[Report on the health of British troops in the Madras command]
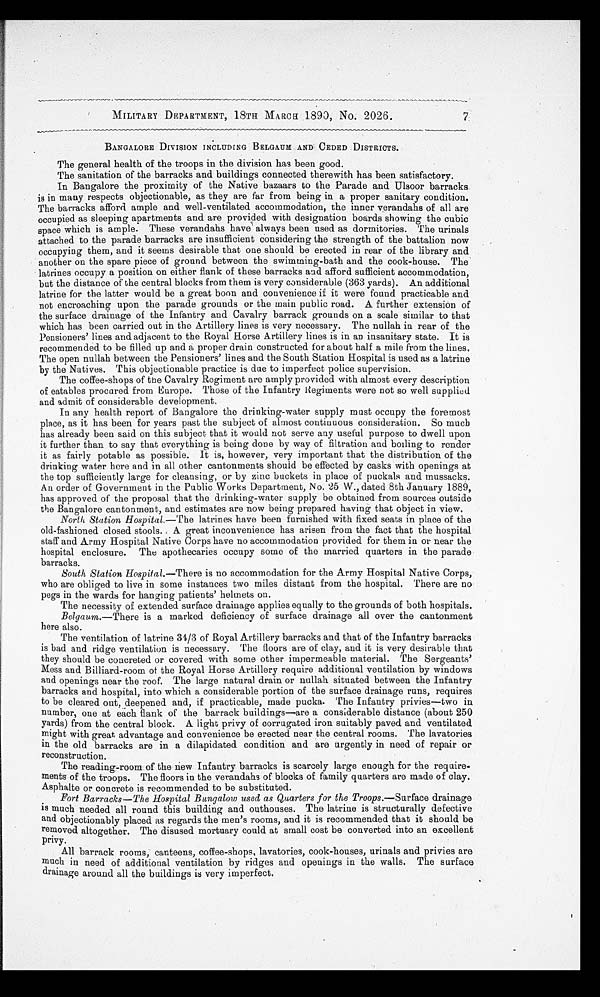
MILITARY DEPARTMENT, 18TH MARCH 1890, No. 2026.
BANGALORE DIVISION INCLUDING BELGAUM AND CEDED DISTRICTS.
The general health of the troops in the division has been good.
The sanitation of the barracks and buildings connected therewith has been satisfactory.
In Bangalore the proximity of the Native bazaars to the Parade and Ulsoor barracks
is in many respects objectionable, as they are far from being in a proper sanitary condition.
The barracks afford ample and well-ventilated accommodation, the inner verandahs of all are
occupied as sleeping apartments and are provided with designation boards showing the cubic
space which is ample. These verandahs have always been used as dormitories. The urinals
attached to the parade barracks are insufficient considering the strength of the battalion now
occupying them, and it seems desirable that one should be erected in rear of the library and
another on the spare piece of ground between the swimming-bath and the cook-house. The
latrines occupy a position on either flank of these barracks and afford sufficient accommodation,
but the distance of the central blocks from them is very considerable (363 yards). An additional
latrine for the latter would be a great boon and convenience if it were found practicable and
not encroaching upon the parade grounds or the main public road. A further extension of
the surface drainage of the Infantry and Cavalry barrack grounds on a scale similar to that
which has been carried out in the Artillery lines is very necessary. The nullah in rear of the
Pensioners' lines and adjacent to the Royal Horse Artillery lines is in an insanitary state. It is
recommended to be filled up and a proper drain constructed for about half a mile from the lines.
The open nullah between the Pensioners' lines and the South Station Hospital is used as a latrine
by the Natives. This objectionable practice is due to imperfect police supervision.
The coffee-shops of the Cavalry Regiment are amply provided with almost every description
of eatables procured from Europe. Those of the Infantry Regiments were not so well supplied
and admit of considerable development.
In any health report of Bangalore the drinking-water supply must occupy the foremost
place, as it has been for years past the subject of almost continuous consideration. So much
has already been said on this subject that it would not serve any useful purpose to dwell upon
it further than to say that everything is being done by way of filtration and boiling to render
it as fairly potable as possible. It is, however, very important that the distribution of the
drinking water here and in all other cantonments should be effected by casks with openings at
the top sufficiently large for cleansing, or by zinc buckets in place of puckals and mussacks.
An order of Government in the Public Works Department, No. 25 W ., dated 8th January 1889,
has approved of the proposal that the drinking-water supply be obtained from sources outside
the Bangalore cantonment, and estimates are now being prepared having that object in view.
North Station Hospital.—The latrines have been furnished with fixed seats in place of the
old-fashioned closed stools. A great inconvenience has arisen from the fact that the hospital
staff and Army Hospital Native Corps have no accommodation provided for them in or near the
hospital enclosure. The apothecaries occupy some of the married quarters in the parade
barracks.
South Station Hospital.— T h e r e
i s n o a c c o m m o d a t i o n f o r t h e A r m y H o s p i t a l N a t i v e C o r p s ,
who are obliged to live in some instances two miles distant from the hospital. There are no
pegs in the wards for hanging patients' helmets on.
The necessity of extended surface drainage applies equally to the grounds of both hospitals.
Belgaum .—There is a marked deficiency of surface drainage all over the cantonment
here also.
The ventilation of latrine 34/3 of Royal Artillery barracks and that of the Infantry barracks
is bad and ridge ventilation is necessary. The floors are of clay, and it is very desirable that
they should be concreted or covered with some other impermeable material. The Sergeants'
Mess and Billiard-room of the Royal Horse Artillery require additional ventilation by windows
and openings near the roof. The large natural drain or nullah situated between the Infantry
barracks and hospital, into which a considerable portion of the surface drainage runs, requires
to be cleared out, deepened and, if practicable, made pucka. The Infantry privies—two in
number, one at each flank of the barrack buildings—are a considerable distance (about 250
yards) from the central block. A light privy of corrugated iron suitably paved and ventilated
might with great advantage and convenience be erected near the central rooms. The lavatories
in the old barracks are in a dilapidated condition and are urgently in need of repair or
reconstruction.
The reading-room of the new Infantry barracks is scarcely large enough for the require
- m e n t s o f t h e t r o o p s . T h e f l o o r s i n t h e v e r a n d a h s o f b l o c k s o f f a m i l y q u a r t e r s a r e m a d e o f c l a y .
Asphalte or concrete is recommended to be substituted.
Fort Barracks — The Hospital Bungalow used as Quarters for the Troops .—Surface drainage
is much needed all round this building and outhouses. The latrine is structurally defective
and objectionably placed as regards the men's rooms, and it is recommended that it should be
removed altogether. The disused mortuary could at small cost be converted into an excellent
privy.
All barrack rooms, canteens, coffee-shops, lavatories, cook-houses, urinals and privies are
much in need of additional ventilation by ridges and openings in the walls. The surface
drainage around all the buildings is very imperfect.
7